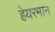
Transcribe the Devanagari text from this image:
हेयरमान